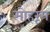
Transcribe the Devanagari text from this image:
मोहरूम